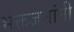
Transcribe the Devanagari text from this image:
भक्तजनांनी